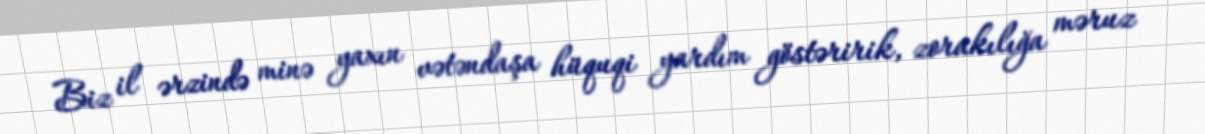
Biz il ərzində minə yaxın vətəndaşa hüquqi yardım göstəririk, zorakılığa məruz